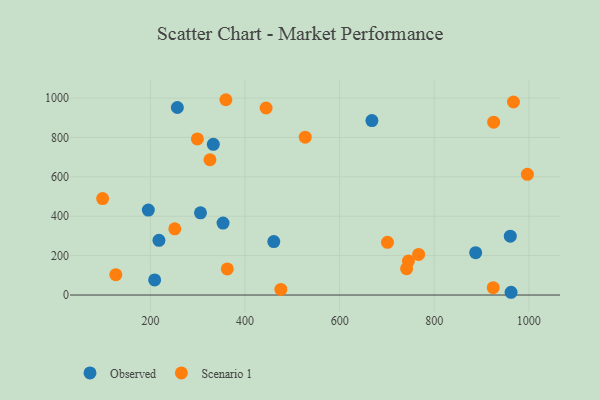
{"axis": {"x": "Distance", "y": "Rating"}, "legend": ["Observed", "Scenario 1"], "data": [{"x": "887.6", "y": 215.1, "type": "Observed"}, {"x": "668.2", "y": 885.8, "type": "Observed"}, {"x": "195.5", "y": 431.3, "type": "Observed"}, {"x": "256.9", "y": 952.3, "type": "Observed"}, {"x": "332.9", "y": 765.2, "type": "Observed"}, {"x": "218.0", "y": 277.9, "type": "Observed"}, {"x": "962.4", "y": 14.0, "type": "Observed"}, {"x": "460.8", "y": 271.2, "type": "Observed"}, {"x": "353.5", "y": 365.6, "type": "Observed"}, {"x": "208.9", "y": 76.9, "type": "Observed"}, {"x": "960.8", "y": 298.9, "type": "Observed"}, {"x": "305.8", "y": 417.5, "type": "Observed"}, {"x": "126.8", "y": 103.4, "type": "Scenario 1"}, {"x": "967.5", "y": 980.2, "type": "Scenario 1"}, {"x": "98.9", "y": 489.8, "type": "Scenario 1"}, {"x": "362.5", "y": 132.8, "type": "Scenario 1"}, {"x": "701.1", "y": 267.8, "type": "Scenario 1"}, {"x": "251.5", "y": 336.4, "type": "Scenario 1"}, {"x": "745.5", "y": 172.6, "type": "Scenario 1"}, {"x": "325.8", "y": 686.9, "type": "Scenario 1"}, {"x": "924.7", "y": 37.6, "type": "Scenario 1"}, {"x": "925.6", "y": 877.6, "type": "Scenario 1"}, {"x": "444.5", "y": 949.8, "type": "Scenario 1"}, {"x": "741.6", "y": 133.6, "type": "Scenario 1"}, {"x": "996.9", "y": 612.8, "type": "Scenario 1"}, {"x": "475.7", "y": 28.4, "type": "Scenario 1"}, {"x": "359.5", "y": 991.7, "type": "Scenario 1"}, {"x": "767.0", "y": 206.1, "type": "Scenario 1"}, {"x": "299.2", "y": 792.5, "type": "Scenario 1"}, {"x": "527.2", "y": 801.3, "type": "Scenario 1"}]}